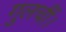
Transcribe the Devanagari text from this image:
गुलचीं।